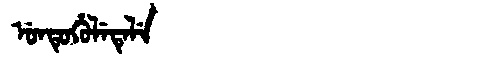
Manchu: ᡠᠨᡨᡠᡥᡠᠯᡝᡨᡝᠯᡝ
Romanization: UNTUHULETELE